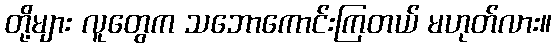
တို့များ လူတွေက သဘောကောင်းကြတယ် မဟုတ်လား။